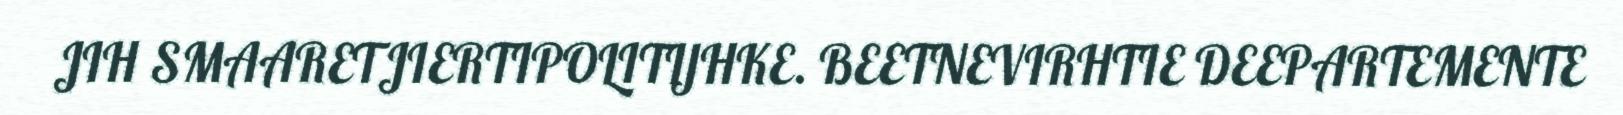
JIH SMAARETJIERTIPOLITIJHKE. BEETNEVIRHTIE DEEPARTEMENTE